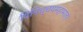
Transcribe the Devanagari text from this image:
विनिच्चयमहामात्र